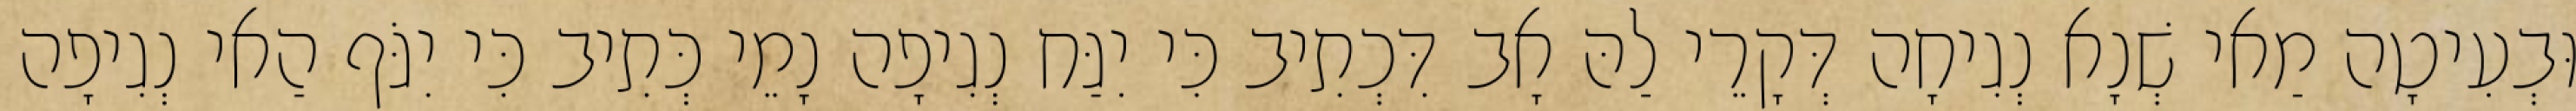
וּבְעִיטָה מַאי שְׁנָא נְגִיחָה דְּקָרֵי לַהּ אָב דִּכְתִיב כִּי יִגַּח נְגִיפָה נָמֵי כְּתִיב כִּי יִגֹּף הַאי נְגִיפָה